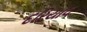
દરિયાવ